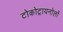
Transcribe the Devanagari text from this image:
टोकोट्रायनोलों